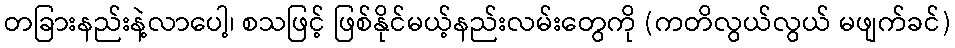
တခြားနည်းနဲ့လာပေါ့၊ စသဖြင့် ဖြစ်နိုင်မယ့်နည်းလမ်းတွေကို (ကတိလွယ်လွယ် မဖျက်ခင်)